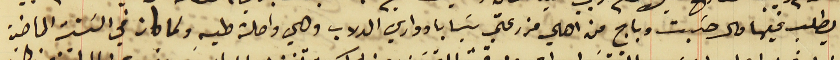
يطلب فيها مال حسَبت وباج من اهالي مزرعتي بسَابا ووادي الدلاب وهي واصلة طيه ولما كان في السَنة الماضية